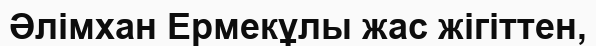
Әлімхан Ермекұлы жас жігіттен,